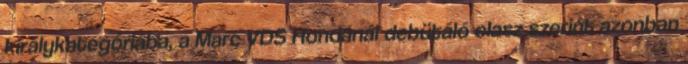
királykategóriába, a Marc VDS Hondánál debütáló olasz szerint azonban